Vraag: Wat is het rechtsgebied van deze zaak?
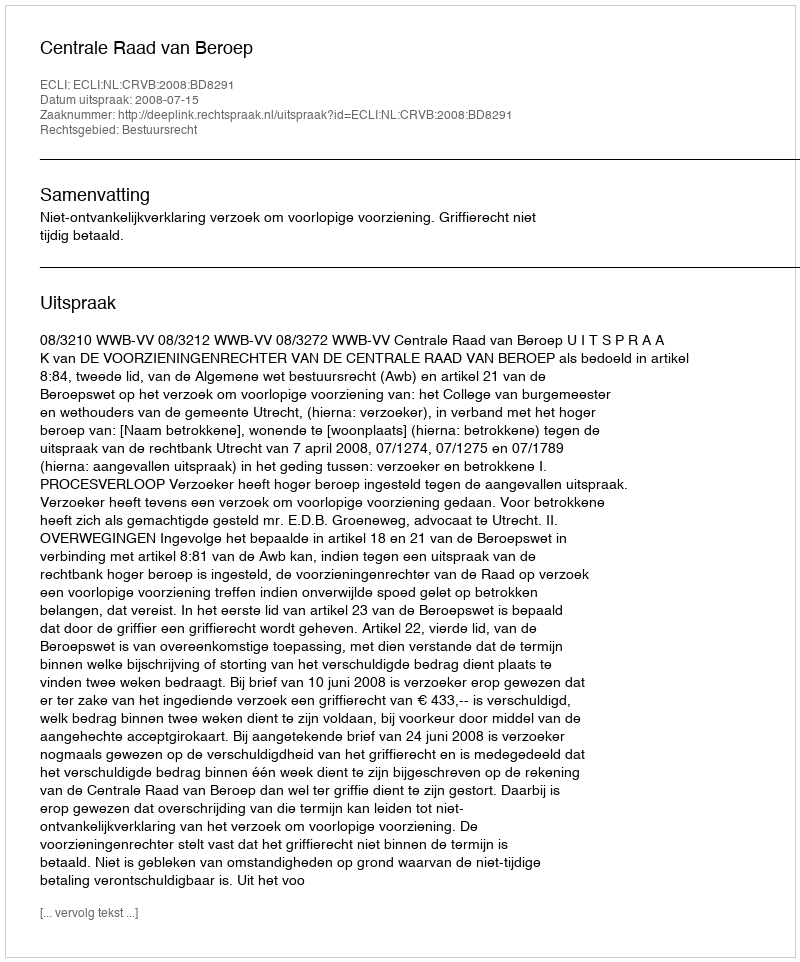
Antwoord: Bestuursrecht